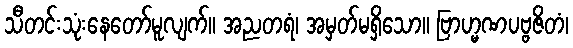
သီတင်းသုံးနေတော်မူလျက်။ အညတရံ၊ အမှတ်မရှိသော။ ဗြာဟ္မဏပဗ္ဗဇိတံ၊